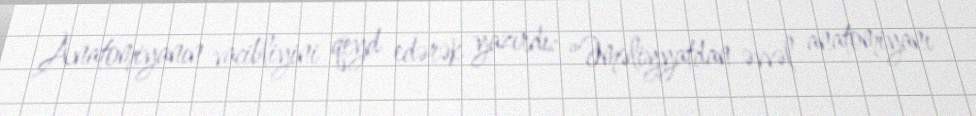
Anatomiyanın vacibliyini qeyd edərək yazırdı: "Əməliyyatdan əvvəl anatomiyanı